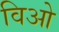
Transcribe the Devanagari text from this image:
विओ